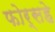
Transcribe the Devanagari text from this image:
फोर्सहे